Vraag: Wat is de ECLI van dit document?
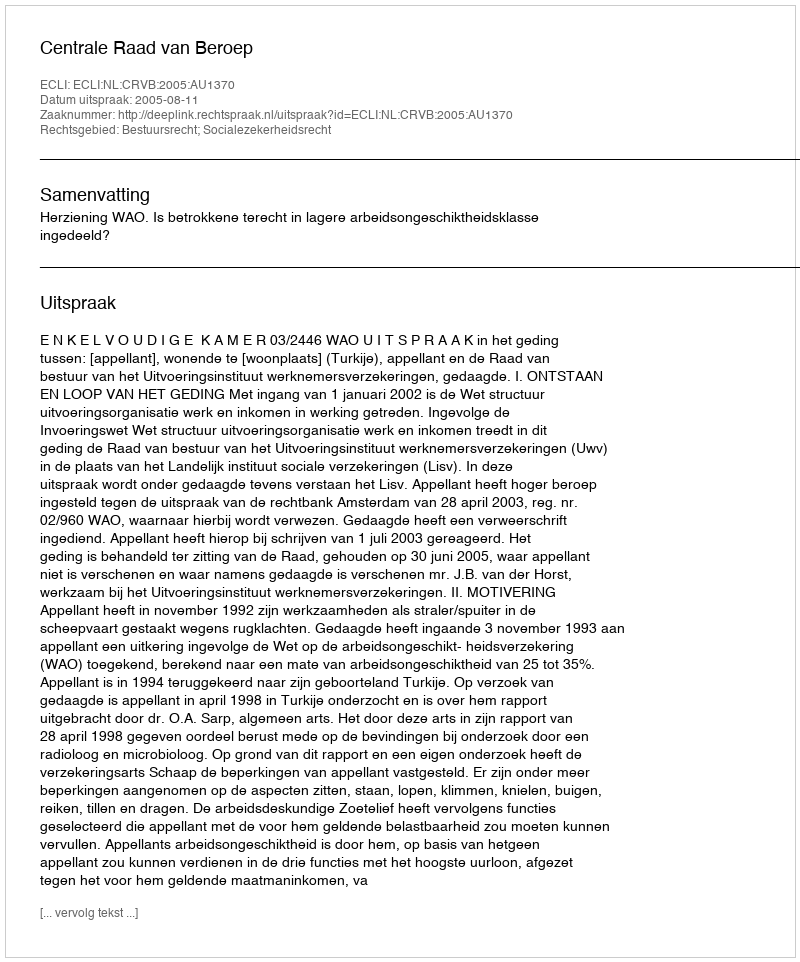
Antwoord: ECLI:NL:CRVB:2005:AU1370